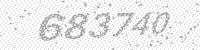
Solution: 683740